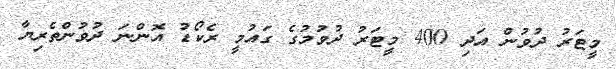
މީޓަރު ދުވުން އަދި 400 މީޓަރު ދުވުމުގެ ގައުމީ ރެކޯޑު އޮންނަ ދުވުންތެރިޔާ